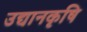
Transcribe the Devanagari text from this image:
उद्यानकृषि